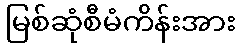
မြစ်ဆုံစီမံကိန်းအား